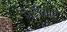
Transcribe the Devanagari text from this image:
पेरीयार